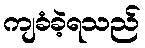
ကျခံခဲ့ရသည်